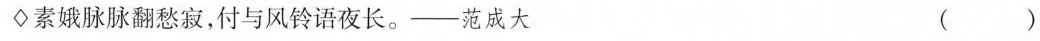
\diamondsuit素娥脉脉翻愁寂，付与风铃语夜长。——范成大 ()